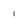
Character: 1